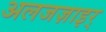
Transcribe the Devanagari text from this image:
अलजज़ाइर्